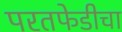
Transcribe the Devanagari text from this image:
परतफेडीचा